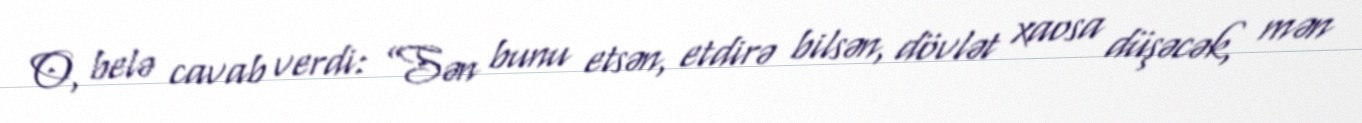
O, belə cavab verdi: ”Sən bunu etsən, etdirə bilsən, dövlət xaosa düşəcək, mən